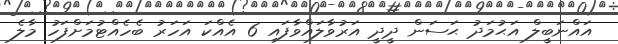
އައްނަބީލް އަޙުމަދު ޙަސަން ދީދީ އަރުވާލައްވާފައި 6 އެއްކަ އަހަރު ބެހެއްޓުމަށްފަހު މާލެ